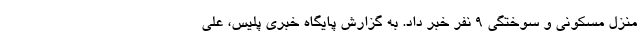
منزل مسکونی و سوختگی 9 نفر خبر داد. به گزارش پایگاه خبری پلیس، علی